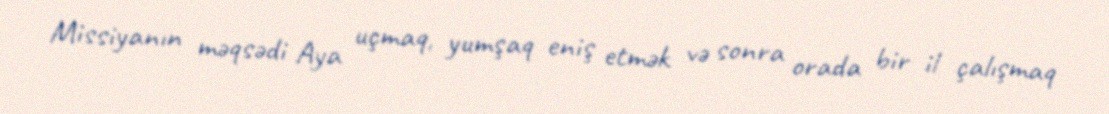
Missiyanın məqsədi Aya uçmaq, yumşaq eniş etmək və sonra orada bir il çalışmaq